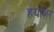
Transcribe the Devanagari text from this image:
हयशिर